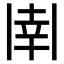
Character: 𫡈